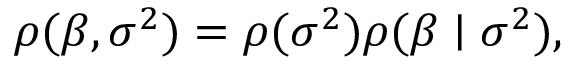
\rho ( { \boldsymbol { \beta } } , \sigma ^ { 2 } ) = \rho ( \sigma ^ { 2 } ) \rho ( { \boldsymbol { \beta } } \mid \sigma ^ { 2 } ) ,